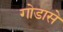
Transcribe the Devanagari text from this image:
गोडासे